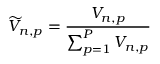
\widetilde { V } _ { n , p } = \frac { V _ { n , p } } { \sum _ { p = 1 } ^ { P } V _ { n , p } }